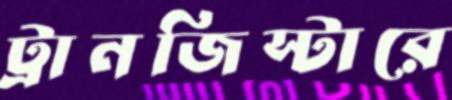
ট্রানজিস্টারে